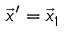
\vec { x } ^ { \prime } = \vec { x } _ { 1 }